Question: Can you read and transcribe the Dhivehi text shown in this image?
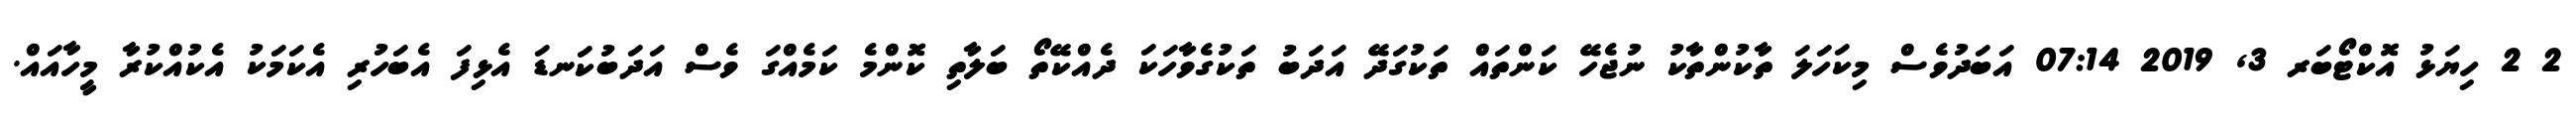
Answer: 2 2 ހިޔަޅު އޮކްޓޯބަރ 3, 2019 07:14 އަބަދުވެސް މިކަހަލަ ތާކުންތާކު ނުޖެހޭ ކަންތައް ތަކުގަދޭ އަދަބު ތަކުގެވާހަކަ ދެއްކޭތޯ ބަލާތި ކޮންމެ ކަމެއްގަ ވެސް އަދަބުކަނޑަ އެޅިފަ އެބަހުރި އެކަމަކު އެކުއްކުރާ މީހާއައް.